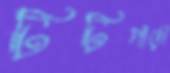
টিটিপাড়া